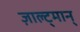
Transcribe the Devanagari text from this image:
ज़ाल्ट्मान्